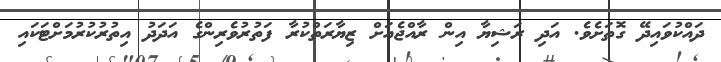
ދައްކުވައިދޭ ގޮތަށެވެ. އަދި ރަޝިޔާ އިން ރާއްޖެއަށް ޒިޔާރަތްކުރާ ފަތުރުވެރިންގެ އަދަދު އިތުރުކުރުމަށްޓަކައި